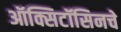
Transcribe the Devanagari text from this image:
ऑक्सिटॉसिनचे